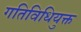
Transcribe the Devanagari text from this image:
गतिविधियुक्त